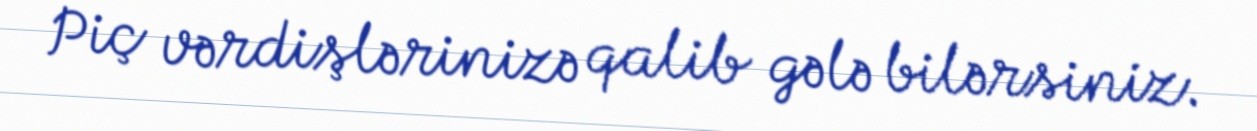
Piç vərdişlərinizə qalib gələ bilərsiniz.